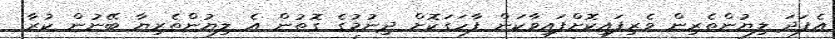
އެފަދަ ލިޔުންތެރިން ވެރިފައިކޮށްފައިވާކަން ފާހަގަކޮށް ދިނުމުގެ ގޮތުން އެ ލިޔުންތެރިޔާ ބޭނުން ކުރާ